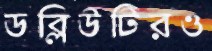
ডব্লিউটিরও